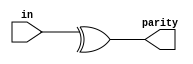
// https://hdlbits.01xz.net/wiki/Reduction
module top_module (
    input [7:0] in,
    output parity);
    
    assign parity = ^ in[7:0];

endmodule